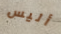
أليس